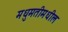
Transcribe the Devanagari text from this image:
मधुमतीमधील